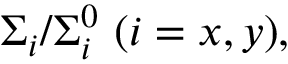
\Sigma _ { i } / \Sigma _ { i } ^ { 0 } ~ ( i = x , y ) ,